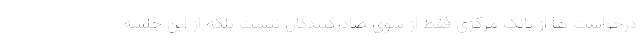
درخواست ها از بانک مرکزی فقط از سوی صادرکنندگان نیست بلکه از این جلسه